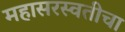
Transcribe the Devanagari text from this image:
महासरस्वतीचा